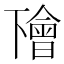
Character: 𠁚